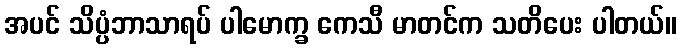
အပင် သိပ္ပံဘာသာရပ် ပါမောက္ခ ကေသီ မာတင်က သတိပေး ပါတယ်။